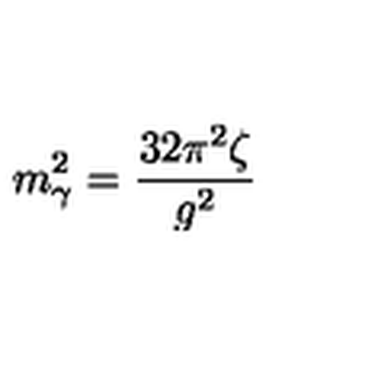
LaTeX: m _ { \gamma } ^ { 2 } = \frac { 3 2 \pi ^ { 2 } \zeta } { g ^ { 2 } }